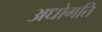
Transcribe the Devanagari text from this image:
अधोगति